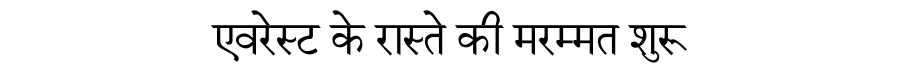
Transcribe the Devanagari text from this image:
एवरेस्ट के रास्ते की मरम्मत शुरू